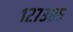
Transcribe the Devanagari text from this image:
१२७३८५